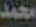
محمد